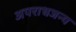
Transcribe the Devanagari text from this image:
अपराधजन्य